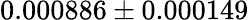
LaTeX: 0.000886\pm 0.000149